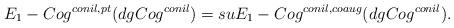
LaTeX: \begin{align*}E_1-Cog^{conil,pt}(dgCog^{conil}) = suE_1-Cog^{conil,coaug}(dgCog^{conil}).\end{align*}